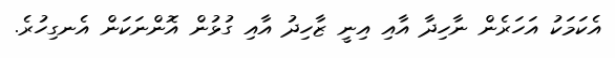
އެކަމަކު އަހަރެން ނާހިދާ އާއި އިނީ ޒާހިދު އާއި ގުޅުން އޮންނަކަން އެނގިހުރެ.